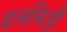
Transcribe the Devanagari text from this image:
इलमिड़ी